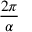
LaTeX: \frac { 2 \pi } { \alpha }